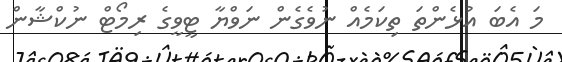
މަ އެބަ އުޅެންތަ ތިކަމެއް ނުވެގެން ނަވްޔާ ޓީވީގެ ރިމޯޓް ނުކްޝާން